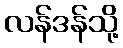
လန်ဒန်သို့